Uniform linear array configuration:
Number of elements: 16
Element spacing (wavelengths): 1
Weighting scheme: hamming
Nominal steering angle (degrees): -45
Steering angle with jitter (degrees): -44.098
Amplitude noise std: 0.05
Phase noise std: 0.05

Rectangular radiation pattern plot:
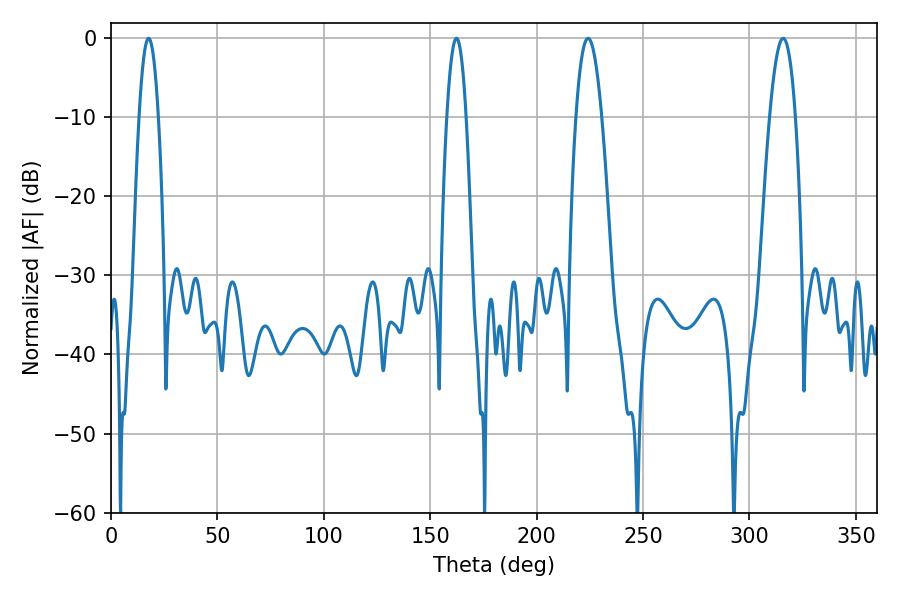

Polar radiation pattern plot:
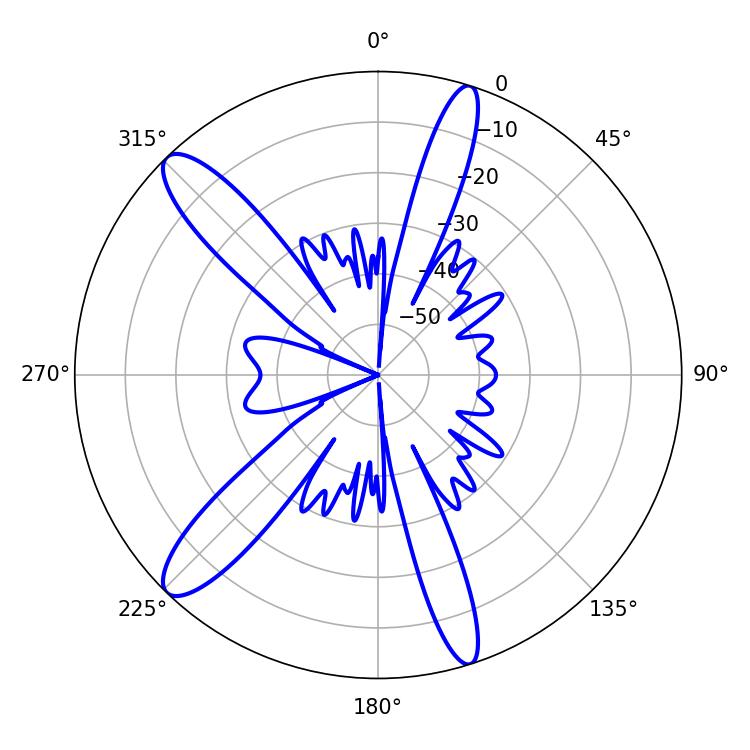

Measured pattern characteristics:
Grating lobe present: TRUE
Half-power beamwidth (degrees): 5.04
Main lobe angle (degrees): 162.36